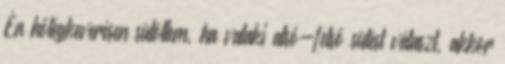
Én hőlégkeverésen sütöttem, ha valaki alsó-felső sütést választ, akkor